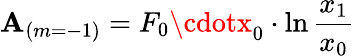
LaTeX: \mathbf{A}_{(m=-1)}=F_{0}\cdotx_{0}\cdot\ln{\frac{{x_{1}}}{{x_{0}}}}